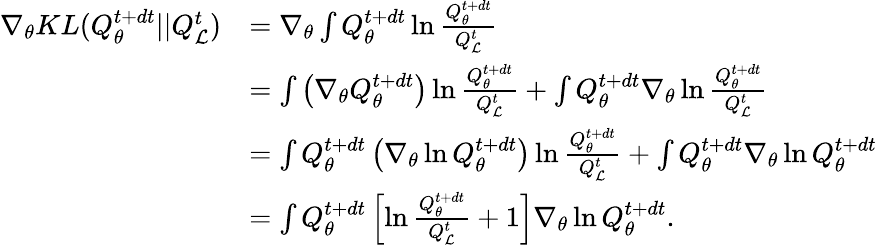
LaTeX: \begin{array}{rl}{\nabla_{\theta}KL(Q_{\theta}^{t+dt}||Q_{\mathcal{L}}^{t})}&{=\nabla_{\theta}\int Q_{\theta}^{t+dt}\ln\frac{Q_{\theta}^{t+dt}}{Q_{\mathcal{L}}^{t}}}\\ &{=\int\left(\nabla_{\theta}Q_{\theta}^{t+dt}\right)\ln\frac{Q_{\theta}^{t+dt}}{Q_{\mathcal{L}}^{t}}+\int Q_{\theta}^{t+dt}\nabla_{\theta}\ln\frac{Q_{\theta}^{t+dt}}{Q_{\mathcal{L}}^{t}}}\\ &{=\int Q_{\theta}^{t+dt}\left(\nabla_{\theta}\ln Q_{\theta}^{t+dt}\right)\ln\frac{Q_{\theta}^{t+dt}}{Q_{\mathcal{L}}^{t}}+\int Q_{\theta}^{t+dt}\nabla_{\theta}\ln Q_{\theta}^{t+dt}}\\ &{=\int Q_{\theta}^{t+dt}\left[\ln\frac{Q_{\theta}^{t+dt}}{Q_{\mathcal{L}}^{t}}+1\right]\nabla_{\theta}\ln Q_{\theta}^{t+dt}.}\end{array}